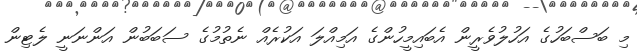
މި ބަސްބަހުގެ އަހުލުވެރީން އެބައިމީހުންގެ އަމިއްލަ އަކުރެއް ނެތުމުގެ ސަބަބުން އަންނަނީ ލެޓިން